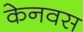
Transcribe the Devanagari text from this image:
केनवस